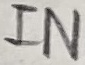
Text: IN